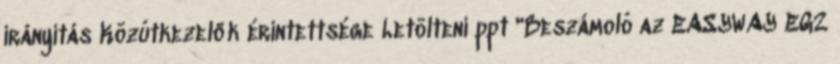
irányítás Közútkezelők érintettsége Letölteni ppt "Beszámoló az EASYWAY EG2